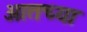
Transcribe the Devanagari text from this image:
आतच्या